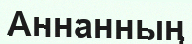
Аннанның